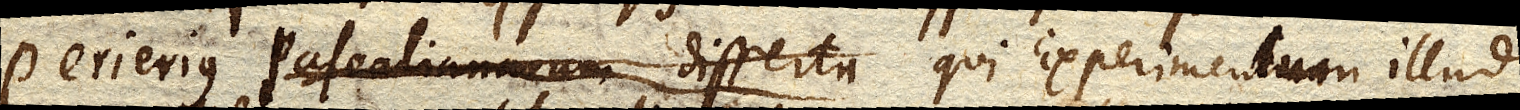
Perierius Pascalianarum disserta qui Experimentum illud